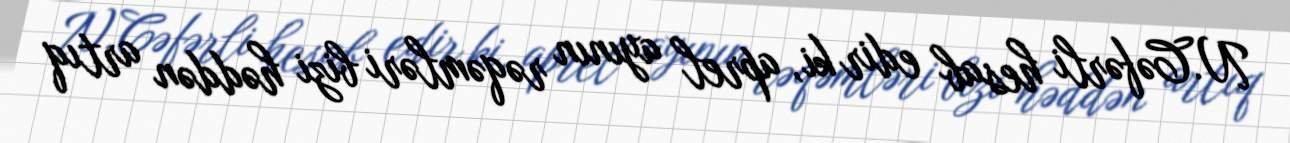
N.Cəfərli hesab edir ki, aprel ayının rəqəmləri bizi həddən artıq